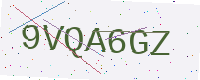
Text: 9VQA6GZ